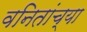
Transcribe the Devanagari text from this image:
वनितांच्या